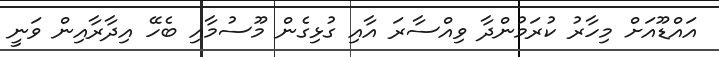
އައްޑޫއަށް މިހާރު ކުރަމުންދާ ވިއްސާރަ އާއި ގުޅިގެން މޫސުމާއި ބެހޭ އިދާރާއިން ވަނީ